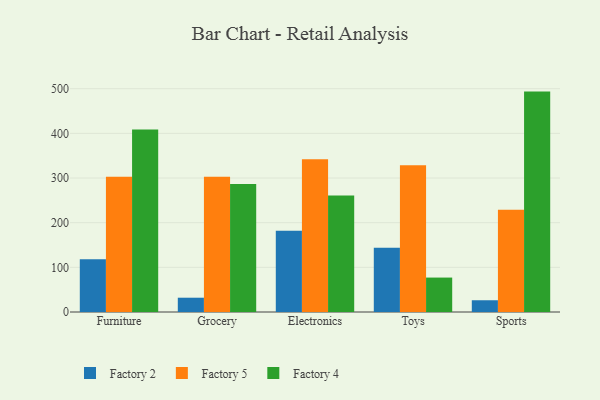
{"axis": {"x": "Category", "y": "Bounce Rate (%)"}, "legend": ["Factory 2", "Factory 4", "Factory 5"], "data": [{"x": "Furniture", "y": 118.1, "type": "Factory 2"}, {"x": "Furniture", "y": 302.8, "type": "Factory 5"}, {"x": "Furniture", "y": 408.9, "type": "Factory 4"}, {"x": "Grocery", "y": 32.0, "type": "Factory 2"}, {"x": "Grocery", "y": 302.6, "type": "Factory 5"}, {"x": "Grocery", "y": 286.6, "type": "Factory 4"}, {"x": "Electronics", "y": 182.2, "type": "Factory 2"}, {"x": "Electronics", "y": 342.1, "type": "Factory 5"}, {"x": "Electronics", "y": 261.0, "type": "Factory 4"}, {"x": "Toys", "y": 143.6, "type": "Factory 2"}, {"x": "Toys", "y": 328.6, "type": "Factory 5"}, {"x": "Toys", "y": 77.1, "type": "Factory 4"}, {"x": "Sports", "y": 26.3, "type": "Factory 2"}, {"x": "Sports", "y": 228.9, "type": "Factory 5"}, {"x": "Sports", "y": 493.5, "type": "Factory 4"}]}